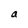
Character: a